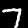
Label: 7